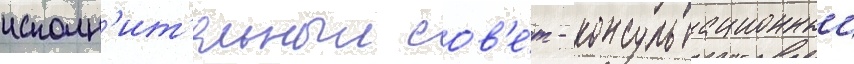
исполн'ит'ельныи сов'е́т - консультационныи